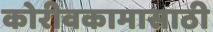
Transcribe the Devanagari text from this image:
कोरीवकामासाठी